Burma Government Medical School reports 1923-41
Year: 1923
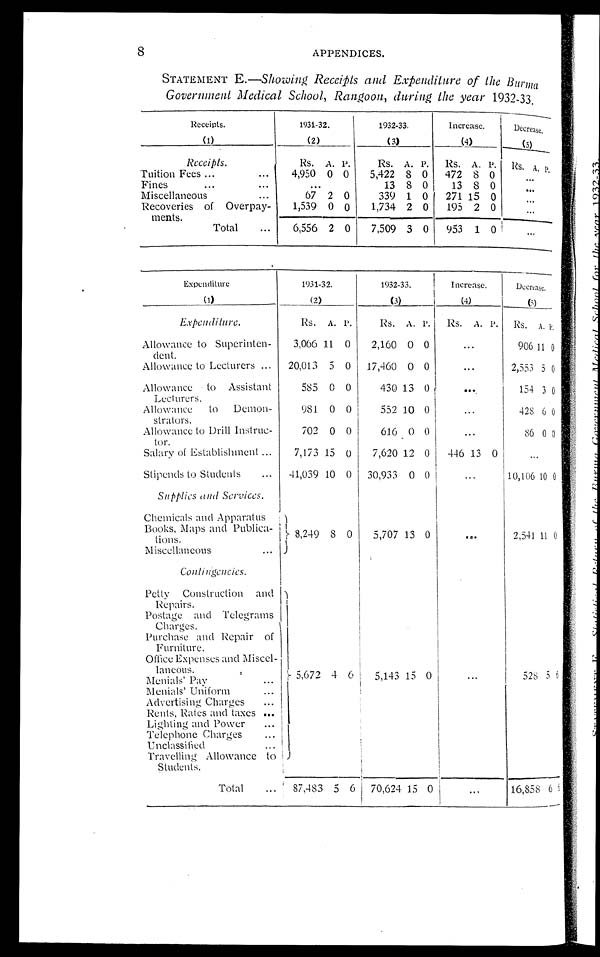
8
APPENDICES.
STATEMENT E .—Showing Receipts and Expenditure of the Burma
Government Medical School, Rangoon, during the year 1932-33.
Receipts.
(1)
1931-32.
(2)
1932-33.
(3)
Increase.
(4)
Decrease.
( 5 )
Receipts.
Rs. A. P.
Rs. A. P.
Rs. A. P.
RS. A.
P.
Tuition Fees ...
...
4,950 0 0
5,422
8 0
472
8 0
...
Fines ...
...
...
13 8 0
13
8 0 ...
Miscellaneous
...
6 7 2 0
339 1 0
271 15 0
. . .
Recoveries of Overpay-
ments.
1,539 0 0
1,734 2 0
195 2 0
. . .
Total
...
6,556 2 0
7,509 3 0
953 1 0
. . .
Expenditure
(1)
1931-32.
(2)
1932-33.
(3)
Increase.
(4)
Decrease.
( 5 )
E x p e n d i t u r e .
Rs. A. P.
Rs. A. P.
Rs. A. P.
Rs.
A . P .
Allowance to Superinten-
dent.
3,066 11 0
2,160 0 0
. . . 906 11 0
Allowance to Lecturers ...
20,013 5 0
17,460 0
0
...
2,553 5 0
Allowance to Assistant
Lecturers.
585 0 0
430 13 0
...
154 3 0
Allowance
to
Demon-
strators.
981 0 0
552 10
0
. . .
428 6 0
Allowance to Drill Instruc-
tor.
702 0 0
616 0
0
. . .
86 0 0
Salary of Establishment ...
7,173 15 0
7,620 12 0
446 13 0
. . .
Stipends to Students
...
41,039 10 0
30,933 0
0
...
10,106 10 0
Supplies and Services.
Chemicals and Apparatus
Books, Maps and Publica-
t i o n s .
8 , 2 4 9
8 0
5,707 13 0
. . .
2,541 11 0
Miscellaneous
...
Contingencies.
Petty Construction and
Repairs.
5,672 4 6
5,143 15 0
...
528 5 6
Postage and Telegrams
Charges.
Purchase and Repair of
Furniture.
Office Expenses and Miscel-
laneous.
M e n i a l ' s P a y . . .
Menial' s Uniform ...
Advertising Charges
...
Rents, Rates and taxes ...
Lighting and Power
...
Telephone Charges
...
Unclassified
. . .
Travelling Allowance to
Students.
Total
...
87,483 5 6
70,624 15
0
...
16,858 6
6